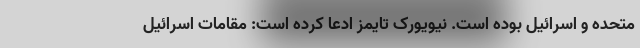
متحده و اسرائیل بوده است. نیویورک تایمز ادعا کرده است: مقامات اسرائیل